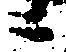
ニ